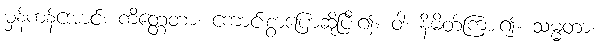
မှန်ကန်အောင်။ ကိတ္တေတာ၊ ကောင်းစွာပြောဆိုပြီး၍။ ဝါ၊ နိမိတ်ကြား၍။ သမ္မတာ၊